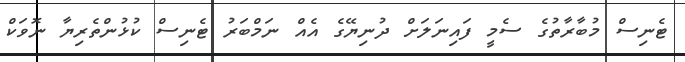
ޓެނިސް މުބާރާތުގެ ސެމީ ފައިނަލަށް ދުނިޔޭގެ އެއް ނަމްބަރު ޓެނިސް ކުޅުންތެރިޔާ ނޮވަކް